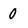
Character: 0